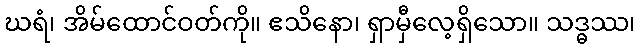
ဃရံ၊ အိမ်ထောင်ဝတ်ကို။ ဧသိနော၊ ရှာမှီလေ့ရှိသော။ သဒ္ဓဿ၊